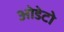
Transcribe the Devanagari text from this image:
ओडेटो